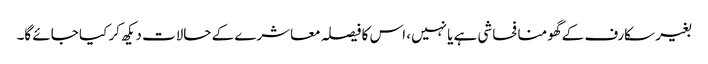
بغیر سکارف کے گھومنا فحاشی ہے یا نہیں، اس کا فیصلہ معاشرے کے حالات دیکھ کر کیا جائے گا۔